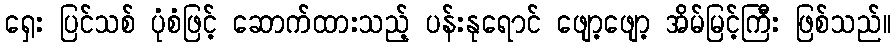
ရှေး ပြင်သစ် ပုံစံဖြင့် ဆောက်ထားသည့် ပန်းနုရောင် ဖျော့ဖျော့ အိမ်မြင့်ကြီး ဖြစ်သည်။